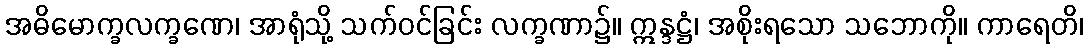
အဓိမောက္ခလက္ခဏေ၊ အာရုံသို့ သက်ဝင်ခြင်း လက္ခဏာ၌။ ဣန္ဒဋ္ဌံ၊ အစိုးရသော သဘောကို။ ကာရေတိ၊